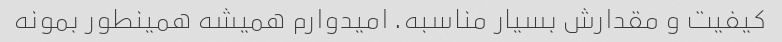
کیفیت و مقدارش بسیار مناسبه. امیدوارم همیشه همینطور بمونه